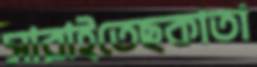
সারাইতেছকাতা